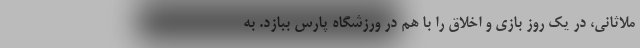
ملاثانی، در یک روز بازی و اخلاق را با هم در ورزشگاه پارس ببازد. به